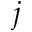
j